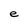
Character: e